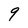
Character: 9